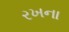
રખના